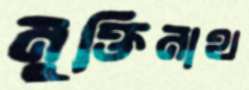
মুক্তিনাথ